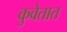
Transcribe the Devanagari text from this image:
कुवेतात